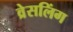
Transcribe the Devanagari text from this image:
व्रेसलिंग